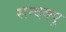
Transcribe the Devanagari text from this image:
सन्दक्पु